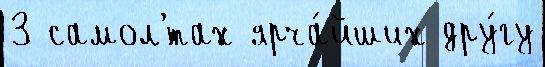
3 самол'́тах ярча́йших дру́гу